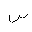
Letter: _sin